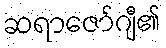
ဆရာဇော်ဂျီ၏